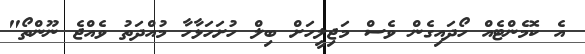
އެ ކޮމެންޓެއް ހޯދައިގެން ވެސް މަޖިލީހަށް ބިލް ހުށަހަޅާހާ މުއްދަތު ވެއްޖެ ނޫންތޯ"